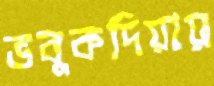
ভবুকদিয়ায়